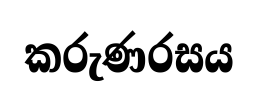
කරුණරසය